Document type: Grant
Year: 1232
Scribe: Berenguer de Clos
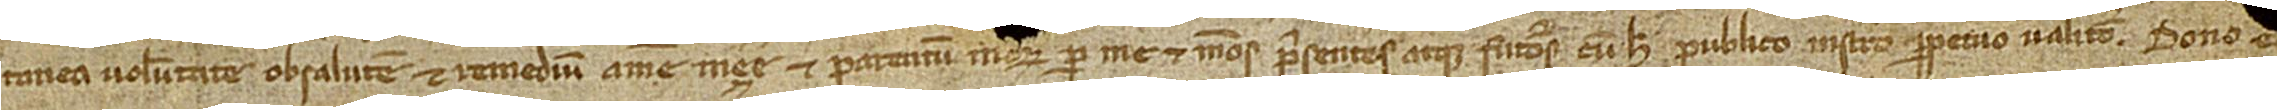
tanea voluntate, ob salutem et remedium anime mee et parentum meorum, per me et meos presentes atque futuros, cum hoc publico instrumento perpetuo valitura doo e[t]